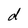
Character: d